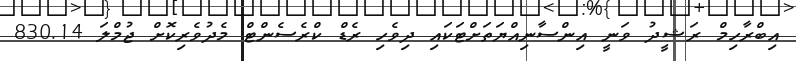
އިބްރާހިމް ރަޝީދު ވަނީ އިންސާނިއްޔަތަށްޓަކައި ދިވެހި ރެޑް ކްރެސެންޓް މެދުވެރިކޮށް ޖުމްލަ 830.14